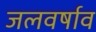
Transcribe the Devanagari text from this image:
जलवर्षाव